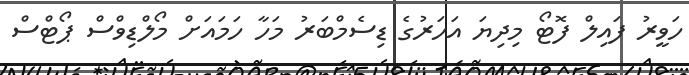
ހަވީރު ފައިލް ފޮޓޯ މިދިޔަ އަހަރުގެ ޑިސެމްބަރު މަހާ ހަމައަށް މޯލްޑިވްސް ޕޯޓްސް